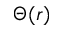
\Theta ( r )